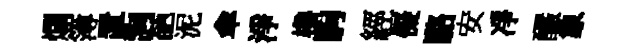
爛簿置詢葩泥傘淨櫓駒經儗駱安凈釅象